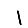
Digit: 1